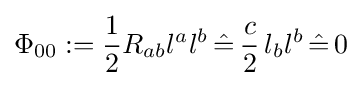
\Phi _{00}:={\frac {1}{2}}R_{ab}l^{a}l^{b}\,{\hat {=}}\,{\frac {c}{2}}\,l_{b}l^{b}\,{\hat {=}}\,0